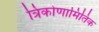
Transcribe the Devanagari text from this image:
त्रिकोणामितिक